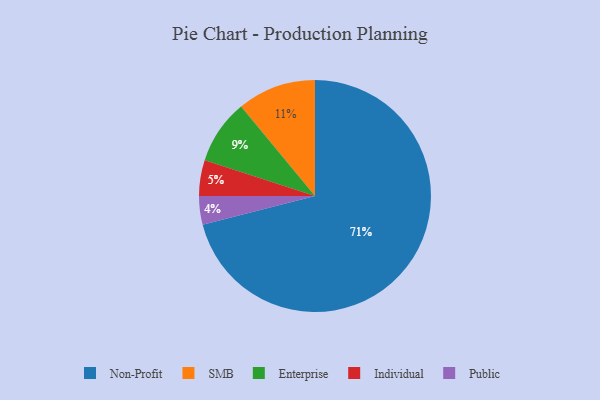
{"axis": {"x": "Category", "y": "Percentage"}, "legend": ["Enterprise", "Individual", "Non-Profit", "Public", "SMB"], "data": [{"x": "Public", "y": 4, "type": "Public"}, {"x": "Enterprise", "y": 9, "type": "Enterprise"}, {"x": "SMB", "y": 11, "type": "SMB"}, {"x": "Individual", "y": 5, "type": "Individual"}, {"x": "Non-Profit", "y": 71, "type": "Non-Profit"}]}